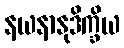
နယနာနုဒိက္ခိယ